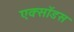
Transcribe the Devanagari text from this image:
एक्सॉडस